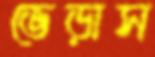
ভেড়াস